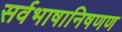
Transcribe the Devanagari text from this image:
सर्वभाषानिषणण